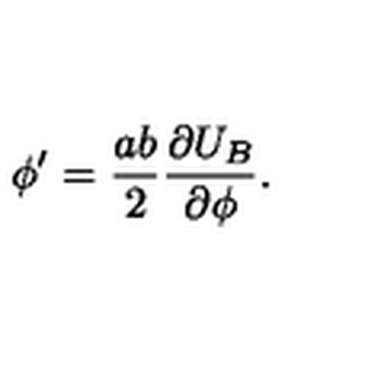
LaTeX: \phi ^ { \prime } = \frac { a b } { 2 } \frac { \partial U _ { B } } { \partial \phi } .